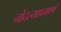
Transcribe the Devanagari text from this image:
नोंदल्याप्रमाणे